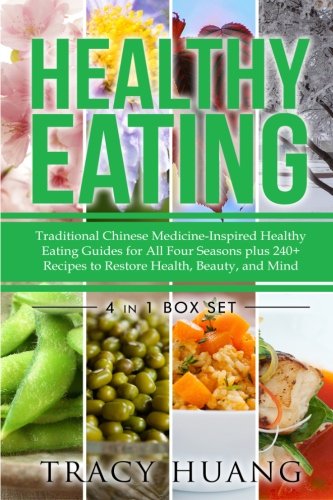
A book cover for Healthy Eating: Traditional Chinese Medicine-Inspired Healthy Eating Guides for All Four Seasons plus 240+ Recipes to Restore Health, Beauty, and Mind (Volume 5); Tracy Huang; Cookbooks, Food & Wine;